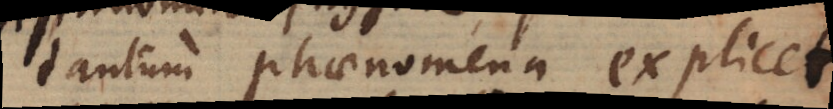
tantum phaenomena explicet